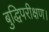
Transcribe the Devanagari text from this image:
बुद्धिपरीक्षण।